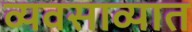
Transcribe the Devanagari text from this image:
व्यवसाव्यात